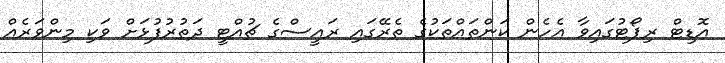
އޮޑިޓް ރިޕޯޓުގައިވާ އެހެން ކަންތައްތަކުގެ ތެރޭގައި ރައީސްގެ ޗުއްޓީ ދަތުރުފުޅަށް ވަކި މިންވަރެއް